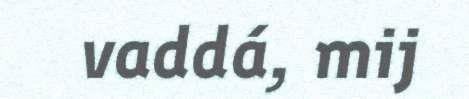
vaddá, mij